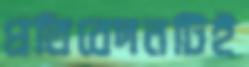
প্রতিবেদনটিই